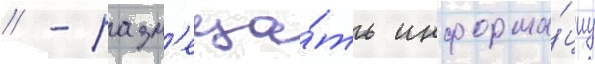
// - разм'еща́ть информа́циу